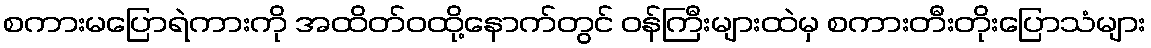
စကားမပြောရဲကားကို အထိတ်ဝထို့နောက်တွင် ဝန်ကြီးများထဲမှ စကားတီးတိုးပြောသံများ